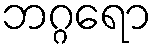
ဘဂ္ဂရော